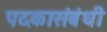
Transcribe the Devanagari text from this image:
पदकासंबंधी